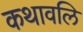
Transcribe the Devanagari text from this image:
कथावलि